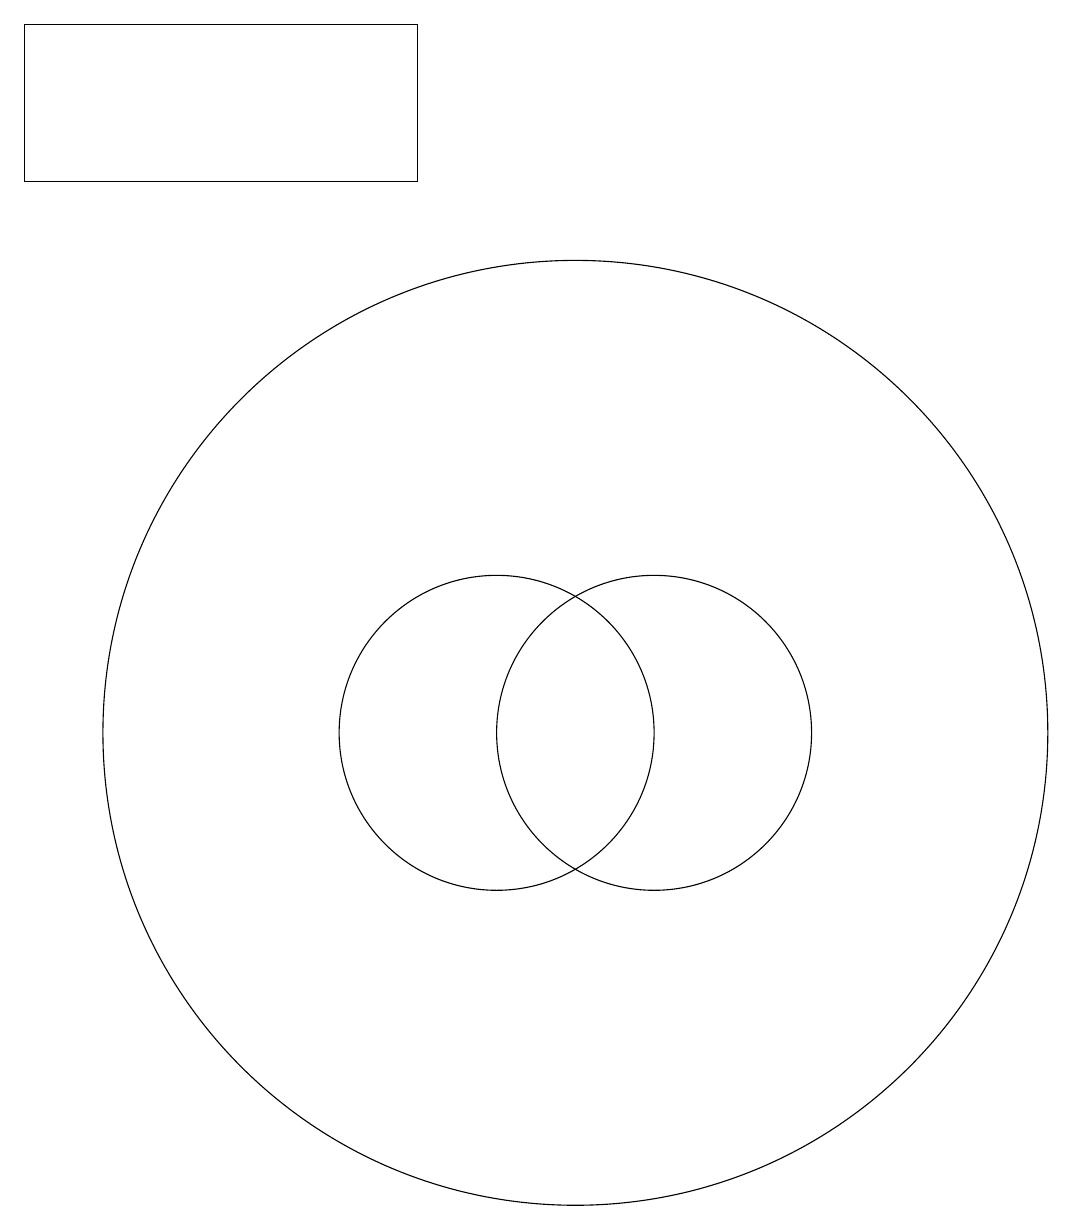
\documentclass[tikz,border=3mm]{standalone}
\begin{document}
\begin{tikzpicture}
\draw (9,19) rectangle (4,17);
\draw (11,10) circle (6);
\draw (12,10) circle (2);
\draw (10,10) circle (2);
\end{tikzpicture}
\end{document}